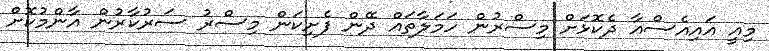
މިއީ އައިއެސްއާ ދެކޮޅަށް މިސްރުން ހަމަލާތައް ދޭން ފެށިކަން މިސްރު ސަރުކާރުން އާންމުކޮށް